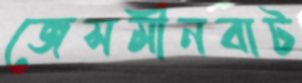
জেসমীনবাট